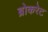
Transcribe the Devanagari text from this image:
ब्रोकरेट